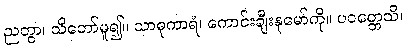
ညတွာ၊ သိတော်မူ၍။ သာဓုကာရံ၊ ကောင်းချီးနုမော်ကို။ ပဝတ္တေသိ၊